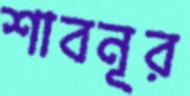
শাবনূর